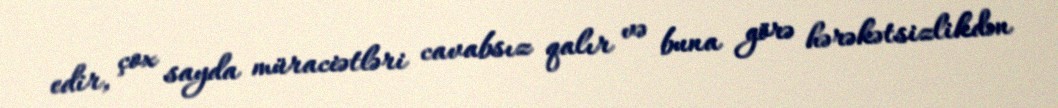
edir, çox sayda müraciətləri cavabsız qalır və buna görə hərəkətsizlikdən